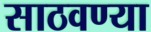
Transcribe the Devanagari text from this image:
साठवण्या